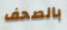
بالصحف